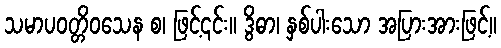
သမာပဝတ္တိဝသေန စ၊ ဖြင့်၎င်း။ ဒွိဓာ၊ နှစ်ပါးသော အပြားအားဖြင့်။